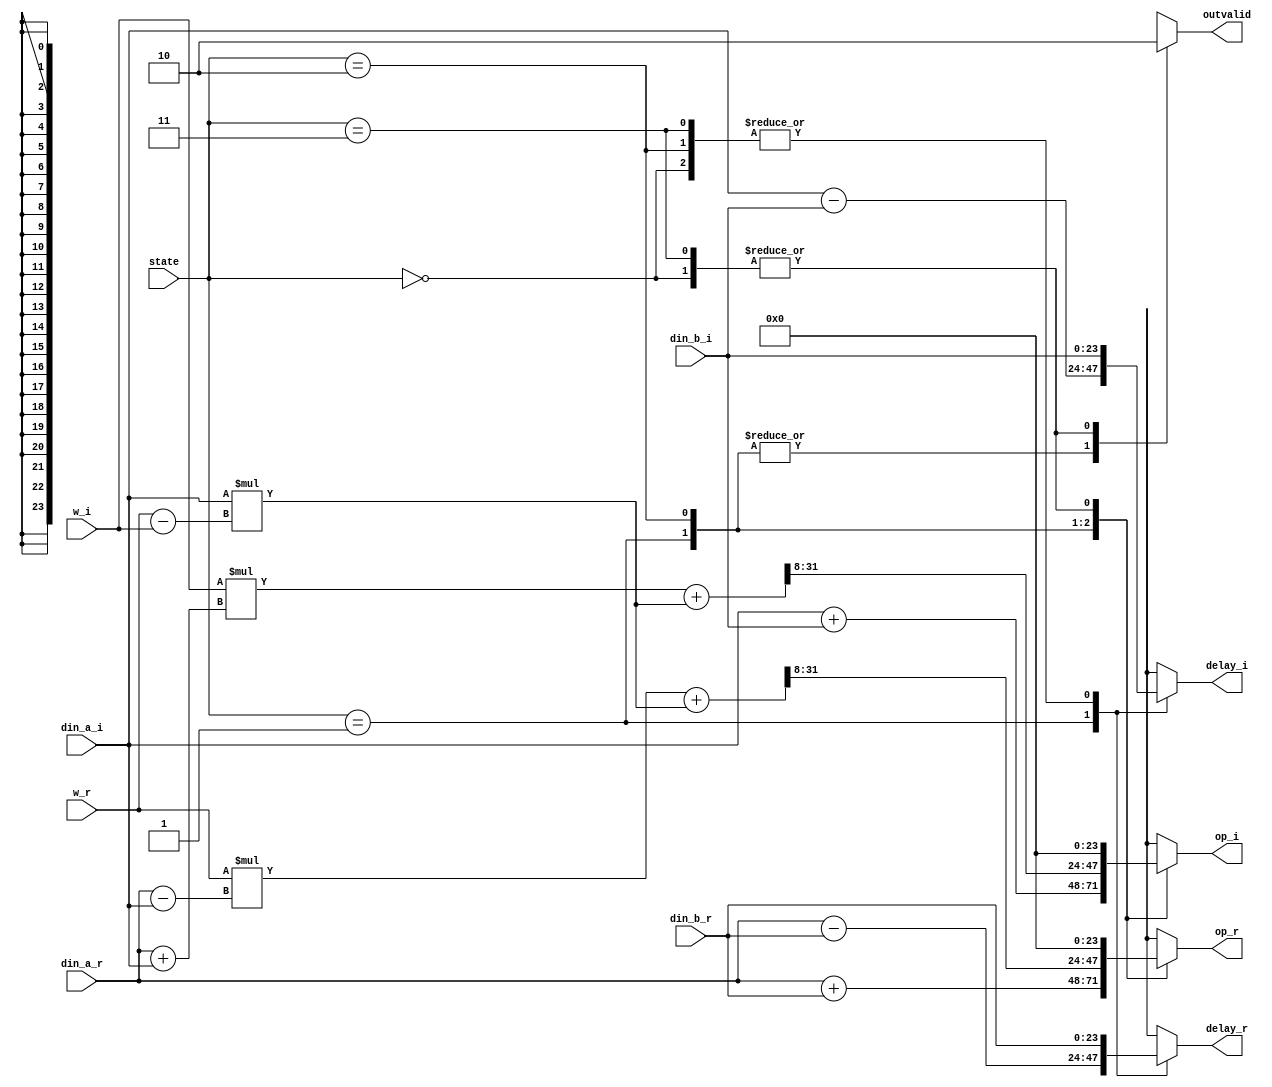
module radix2(
input [1:0] state,
input signed [23:0] din_a_r,
input signed [23:0] din_a_i,
input signed [23:0] din_b_r,//a
input signed [23:0] din_b_i,//b
input signed [23:0] w_r,//c
input signed [23:0] w_i,//d
output reg signed[23:0] op_r,
output reg signed[23:0] op_i,
output reg signed[23:0] delay_r,
output reg signed[23:0] delay_i,
output reg outvalid
);

reg signed [41:0] inter,mul_r,mul_i;//was 27
reg signed [23:0] a,b,c,d;

always@(*)begin
    op_r = 0;
    op_i = 0;
    delay_r = din_b_r;
    delay_i = din_b_i;
    case(state)
    2'b00:begin
    //waiting
    delay_r = din_b_r;
    delay_i = din_b_i;
    outvalid = 1'b0;
    end
    2'b01:begin
    //first half
    a = din_a_r + din_b_r;
    b = din_a_i + din_b_i;
    
    c = (din_a_r - din_b_r);//a-b
    d = (din_a_i - din_b_i);//a-b

    op_r = a;
    op_i = b;
    delay_r = c;
    delay_i = d;
    outvalid = 1'b1;
    end
    2'b10:begin
    //second half
    a = din_a_r;
    b = din_a_i;
    delay_r = din_b_r;
    delay_i = din_b_i;

    inter = b * (w_r - w_i); //b(c-d)
    mul_r  = w_r * (a - b) + inter;
    mul_i  = w_i * (a + b) + inter;

    op_r = (mul_r[31:8]);
    op_i = (mul_i[31:8]);
    outvalid = 1'b1;
    end
    2'b11:begin
    //disable
    outvalid = 1'b0;
    end
    default:begin
    delay_r = din_b_r;
    delay_i = din_b_i;
    end
    endcase
    
end


endmodule